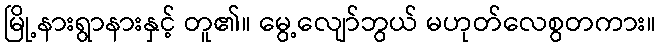
မြို့နားရွာနားနှင့် တူ၏။ မွေ့လျော်ဘွယ် မဟုတ်လေစွတကား။